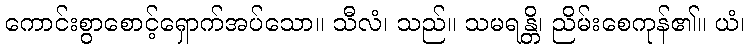
ကောင်းစွာစောင့်ရှောက်အပ်သော။ သီလံ၊ သည်။ သမရန္တိ၊ ညိမ်းစေကုန်၏။ ယံ၊